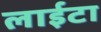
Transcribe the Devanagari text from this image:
लाईटा